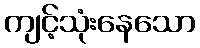
ကျင့်သုံးနေသော